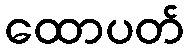
ထောပတ်